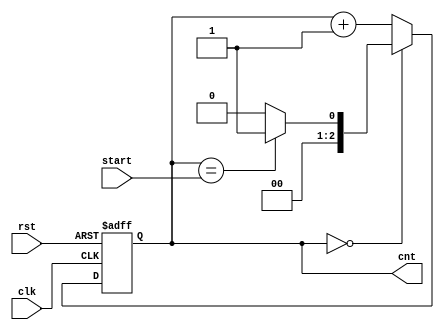
`timescale 1ns / 1ps
//////////////////////////////////////////////////////////////////////////////////
// Company: 
// Engineer: 
// 
// Design Name: 
// Module Name:    debounce 
// Project Name: 
// Target Devices: 
// Tool versions: 
// Description: 
//
// Dependencies: 
//
// Revision: 
// Revision 0.01 - File Created
// Additional Comments: 
//
//////////////////////////////////////////////////////////////////////////////////
module debounce(clk,rst,cnt,start
    );
input clk,rst,start;
output reg [2:0]cnt;

wire [2:0]d;
wire bus;

always @(posedge clk or negedge rst)
begin
 if(!rst) cnt<=0;
 else     cnt<=d;
end

assign bus = cnt==start ? 1 : 0;
assign d = cnt==0 ? bus : cnt+1;

endmodule